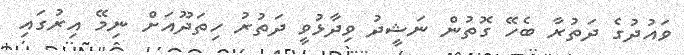
ވައުދުގެ ދަތުރާ ބެހޭ ގޮތުން ނަޝީދު ވިދާޅުވީ ދަތުރު ހިތަދޫއަށް ނިމޭ އިރުގައި